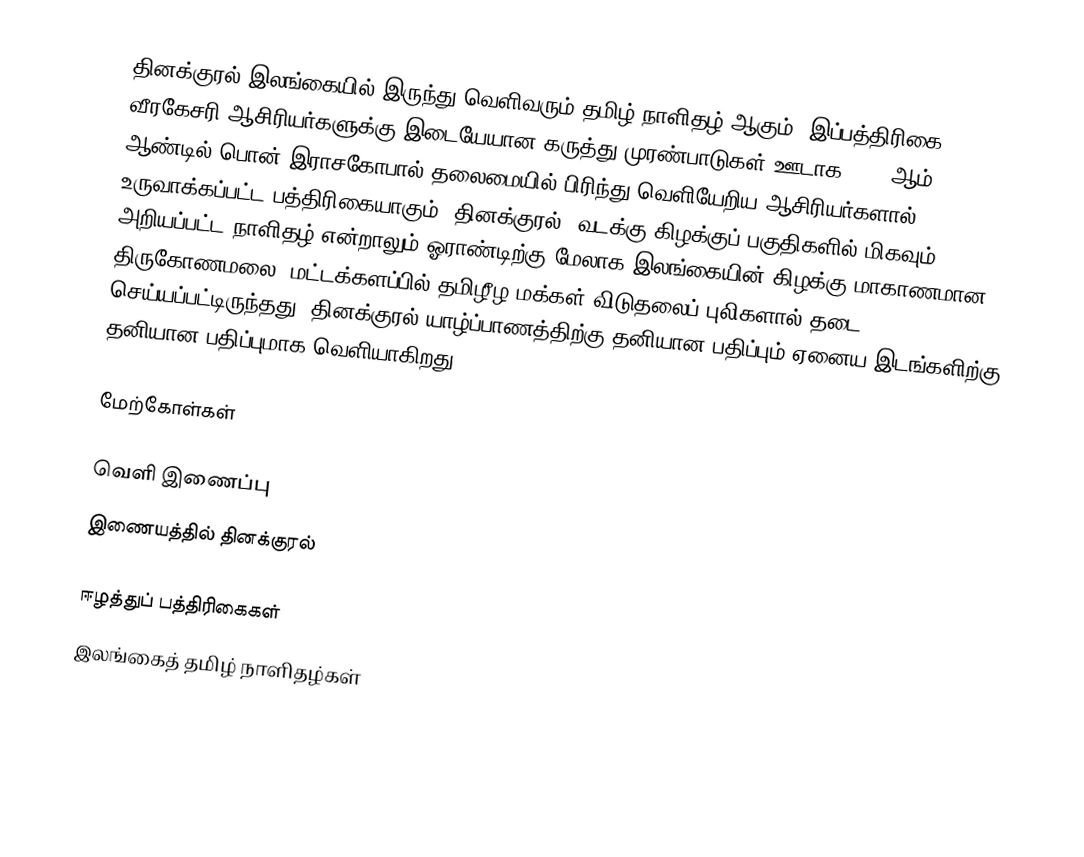
தினக்குரல் இலங்கையில் இருந்து வெளிவரும் தமிழ் நாளிதழ் ஆகும். இப்பத்திரிகை வீரகேசரி ஆசிரியர்களுக்கு இடையேயான கருத்து முரண்பாடுகள் ஊடாக 1997 ஆம் ஆண்டில் பொன் இராசகோபால் தலைமையில் பிரிந்து வெளியேறிய ஆசிரியர்களால் உருவாக்கப்பட்ட பத்திரிகையாகும். தினக்குரல், வடக்கு கிழக்குப் பகுதிகளில் மிகவும் அறியப்பட்ட நாளிதழ் என்றாலும் ஓராண்டிற்கு மேலாக இலங்கையின் கிழக்கு மாகாணமான திருகோணமலை, மட்டக்களப்பில் தமிழீழ மக்கள் விடுதலைப் புலிகளால் தடை செய்யப்பட்டிருந்தது. தினக்குரல் யாழ்ப்பாணத்திற்கு தனியான பதிப்பும் ஏனைய இடங்களிற்கு தனியான பதிப்புமாக வெளியாகிறது.

மேற்கோள்கள்

வெளி இணைப்பு
இணையத்தில் தினக்குரல்

ஈழத்துப் பத்திரிகைகள்
இலங்கைத் தமிழ் நாளிதழ்கள்